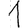
Digit: 1